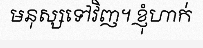
មនុស្សទៅវិញ។ ខ្ញុំហាក់